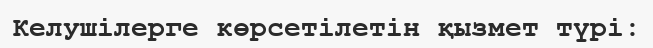
Келушілерге көрсетілетін қызмет түрі: